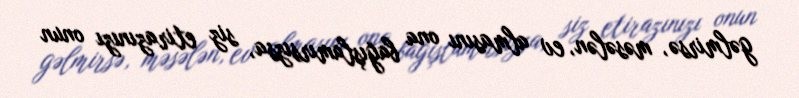
gəlmirsə, məsələn, ev almasını ona bağışlamırsızsa, siz etirazınızı onun